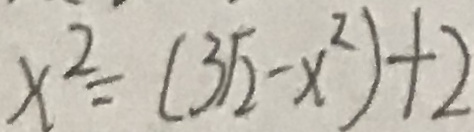
x ^ { 2 } = ( 3 \sqrt { 2 } - x ^ { 2 } ) + 2